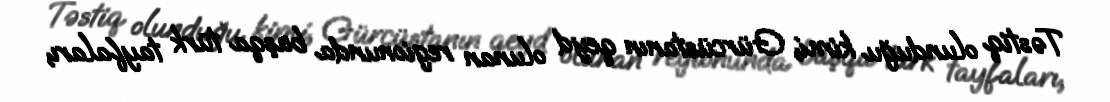
Təstiq olunduğu kimi, Gürcüstanın qeyd olunan regionunda başqa türk tayfaları,